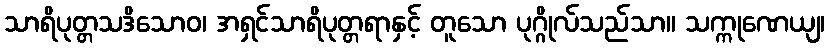
သာရိပုတ္တသဒိသောဝ၊ အရှင်သာရိပုတ္တရာနှင့် တူသော ပုဂ္ဂိုလ်သည်သာ။ သက္ကုဏေယျ၊